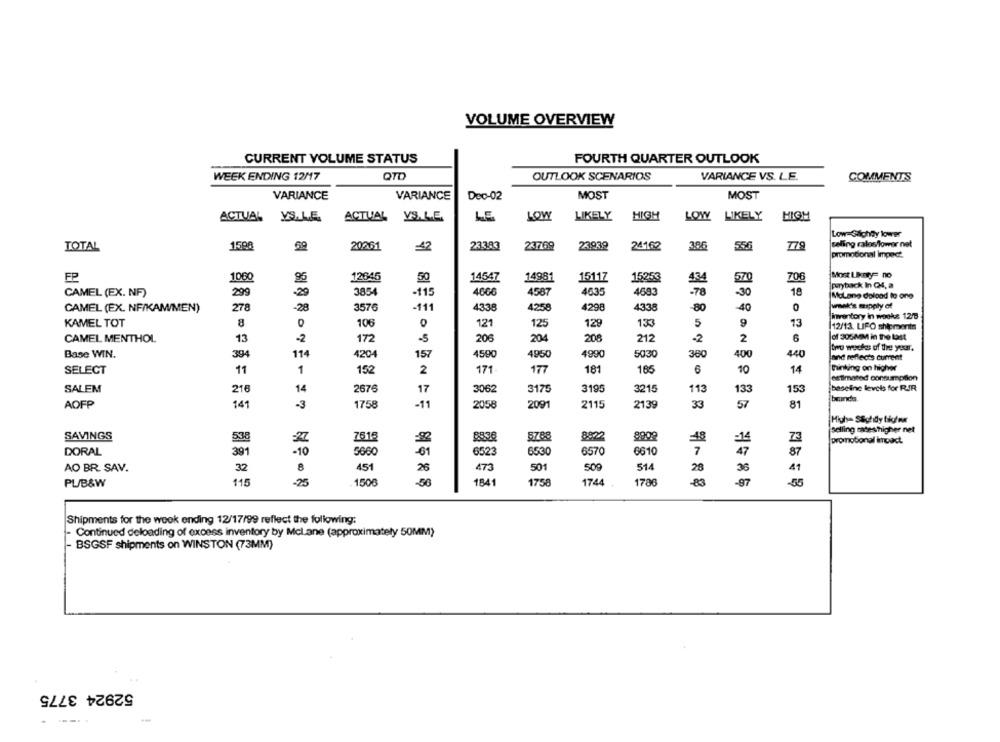
VOLUME OVERVIEW
CURRENT VOLUME STATUS
FOURTH QUARTER OUTLOOK
WEEK ENDING 12/17
QTD
OUTLOOK SCENARIOS
VARIANCE VS. LE.
COMMENTS
MOST
VARIANCE
VARIANCE
Dec-02
MOST
LIKELY
HIGH
LOW
LIKELY
HIGH
ACTUAL
ACTUAL YS.L.E.
LE
LOW
Low-Saichty lower
24162
selling calosflower net
TOTAL
1590
20261
-42
233.83
237769
23.939
550
779
promotional impact
Most Limity= no
FP
1060
12645
50
14547
14981
15117
15253
570
706
18
payback In Q4, a
CAMEL (EX. NF)
299
.29
3854
-115
4666
4587
4635
4683
-78
-30
Molano doload to one
CAMEL (EX. NF/KAM/MEN)
278
28
3576
-111
4338
4258
4298
4338
-80
40
0
week's mapply of
Inventory in woeks 12/8
KAMEL TOT
8
106
121
125
129
133
5
9
13
12/13. LIFO shipments
CAMEL MENTHOL
13
-2
172
-5
206
204
206
212
-2
2
6
of 305MM in the Last
two weeks of the year.
Base WIN.
394
114
4204
157
4590
4950
4990
5030
360
400
440
and reflects current
SELECT
11
1
152
2
171
177
181
165
6
10
14
Thinking on higher
estimated consumption
SALEM
216
14
267€
17
3062
3175
3195
3215
113
133
153
baseline levels for RIR
bunds.
AOFP
141
-3
1758
-11
2058
2091
2115
2139
33
57
81
High- Stotidy bigfm
Belling catesthigher net
SAVINGS
761
8788
8:22
538
48
23
promotional impact.
DORAL
391
-01
653
6570
6610
7
87
5660
6523
AO BR. SAV.
451
26
473
501
509
514
41
32
8
28
36
PL/B&W
115
-25
1506
-50
1841
1758
1744
1700
-83
-97
-55
Shipments for the week ending 12/17/99 reflect the following:
- Continued deloading of excess inventory by Mclane (approximately 50MM)
BSGSF shipments on WINSTON (73MM)
52924 3775